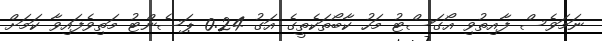
ނަމަވެސް ފާއިތުވި އޯގަސްޓު މަހު ކާބޯތަކެތީގެ އަގު 0.24 ޕަސެންޓު މަތިވެފައިވާ ކަމަށް